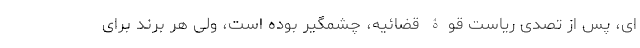
ای، پس از تصدّی ریاست قوّۀ قضائیه، چشمگیر بوده است، ولی هر برند برای